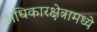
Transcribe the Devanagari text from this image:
अधिकारक्षेत्रामध्ये